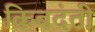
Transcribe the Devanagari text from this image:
किबदंती